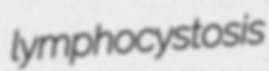
lymphocystosis